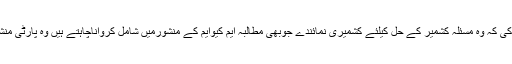
اس موقع پرجناب الطاف حسین نے ایم کیوایم کی رابطہ کمیٹی کے ارکان کوہدایت کی کہ وہ مسئلہ کشمیر کے حل کیلئے کشمیری نمائندے جوبھی مطالبہ ایم کیوایم کے منشورمیں شامل کرواناچاہتے ہیں وہ پارٹی منشورمیں شامل کرنے کیلئے رابطہ کمیٹی کااجلاس کرکے ضرورشامل کرلیاجائے۔